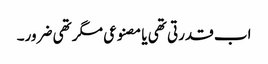
اب قدرتی تھی یا مصنوعی مگر تھی ضرور۔